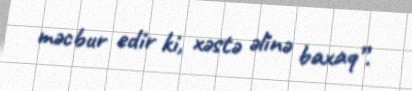
məcbur edir ki, xəstə əlinə baxaq”.